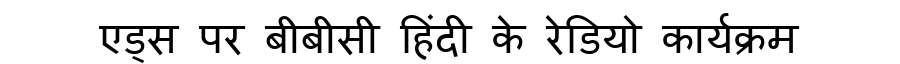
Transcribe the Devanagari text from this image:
एड्स पर बीबीसी हिंदी के रेडियो कार्यक्रम